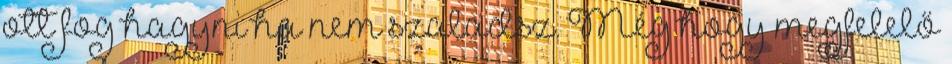
ott fog hagyni ha nem szaladsz. Még hogy megfelelő